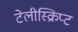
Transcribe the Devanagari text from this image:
टेलीस्क्रिप्ट